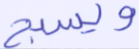
ويسبح